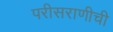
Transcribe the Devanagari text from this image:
परीसराणीची